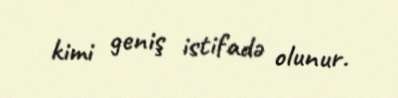
kimi geniş istifadə olunur.